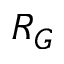
R _ { G }